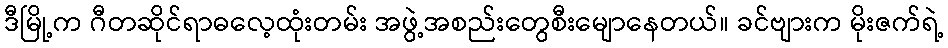
ဒီမြို့က ဂီတဆိုင်ရာဓလေ့ထုံးတမ်း အဖွဲ့အစည်းတွေစီးမျောနေတယ်။ ခင်ဗျားက မိုးဇက်ရဲ့